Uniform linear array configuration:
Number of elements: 64
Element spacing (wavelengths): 1
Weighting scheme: binomial
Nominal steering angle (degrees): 45
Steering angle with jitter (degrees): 45.668
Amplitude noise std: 0.05
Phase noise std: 0.05

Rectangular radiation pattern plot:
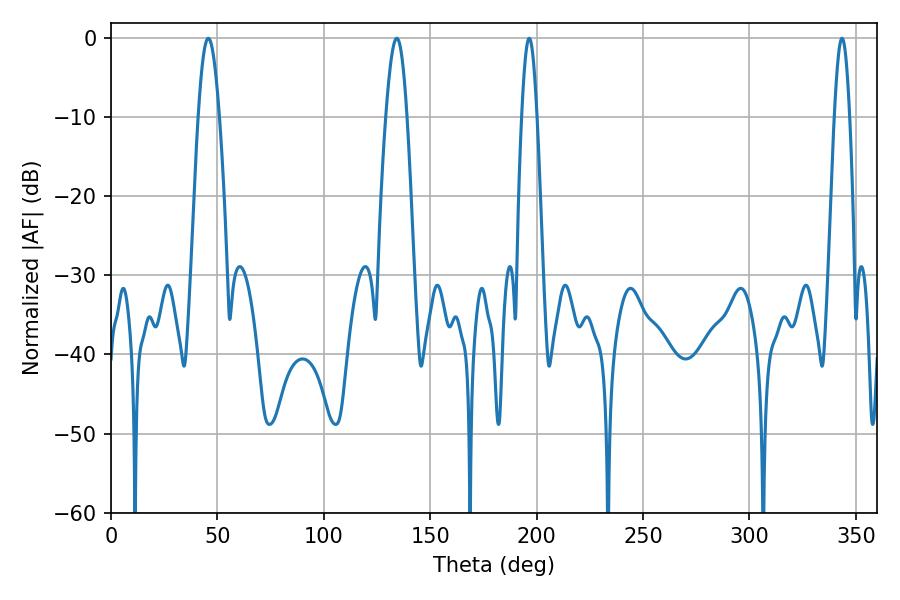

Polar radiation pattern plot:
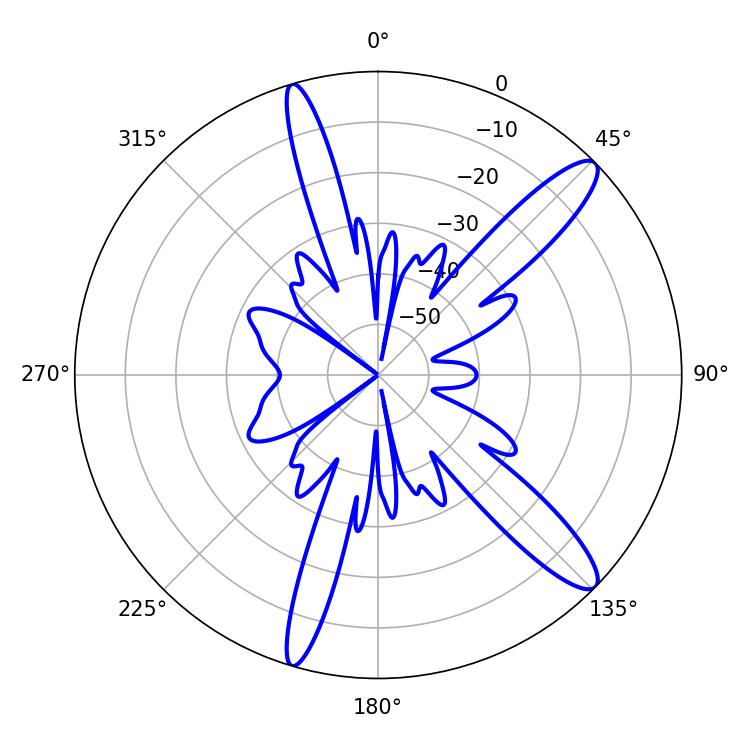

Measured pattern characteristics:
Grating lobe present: TRUE
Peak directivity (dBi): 12.826
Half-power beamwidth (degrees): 5.22
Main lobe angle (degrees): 45.72